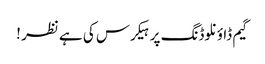
گیم ڈاؤنلوڈنگ پر ہیکرس کی ہے نظر !